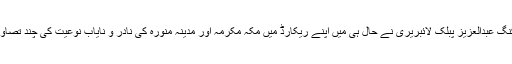
سعودی عرب میں کنگ عبدالعزیز پبلک لائبریری نے حال ہی میں اپنے ریکارڈ میں مکہ مکرمہ اور مدینہ منورہ کی نادر و نایاب نوعیت کی چند تصاویر کا اضافہ کیا ہے۔